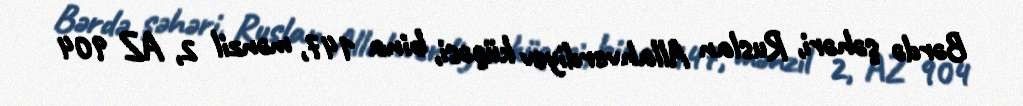
Bərdə şəhəri, Ruslan Allahverdiyev küçəsi, bina 147, mənzil 2, AZ 904